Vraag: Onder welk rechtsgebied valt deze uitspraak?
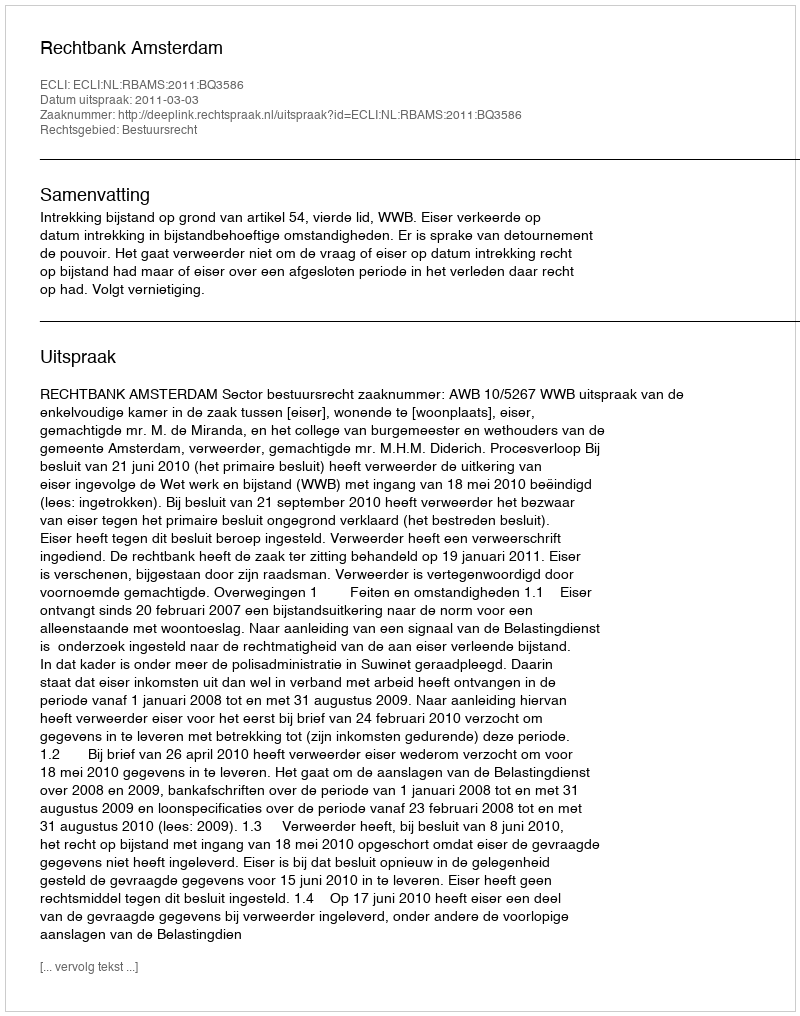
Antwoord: Bestuursrecht